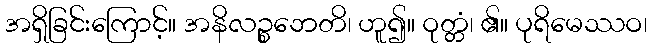
အရှိခြင်းကြောင့်။ အနိလဉ္စဘေတိ၊ ဟူ၍။ ဝုတ္တံ၊ ၏။ ပုရိမေဿဝ၊